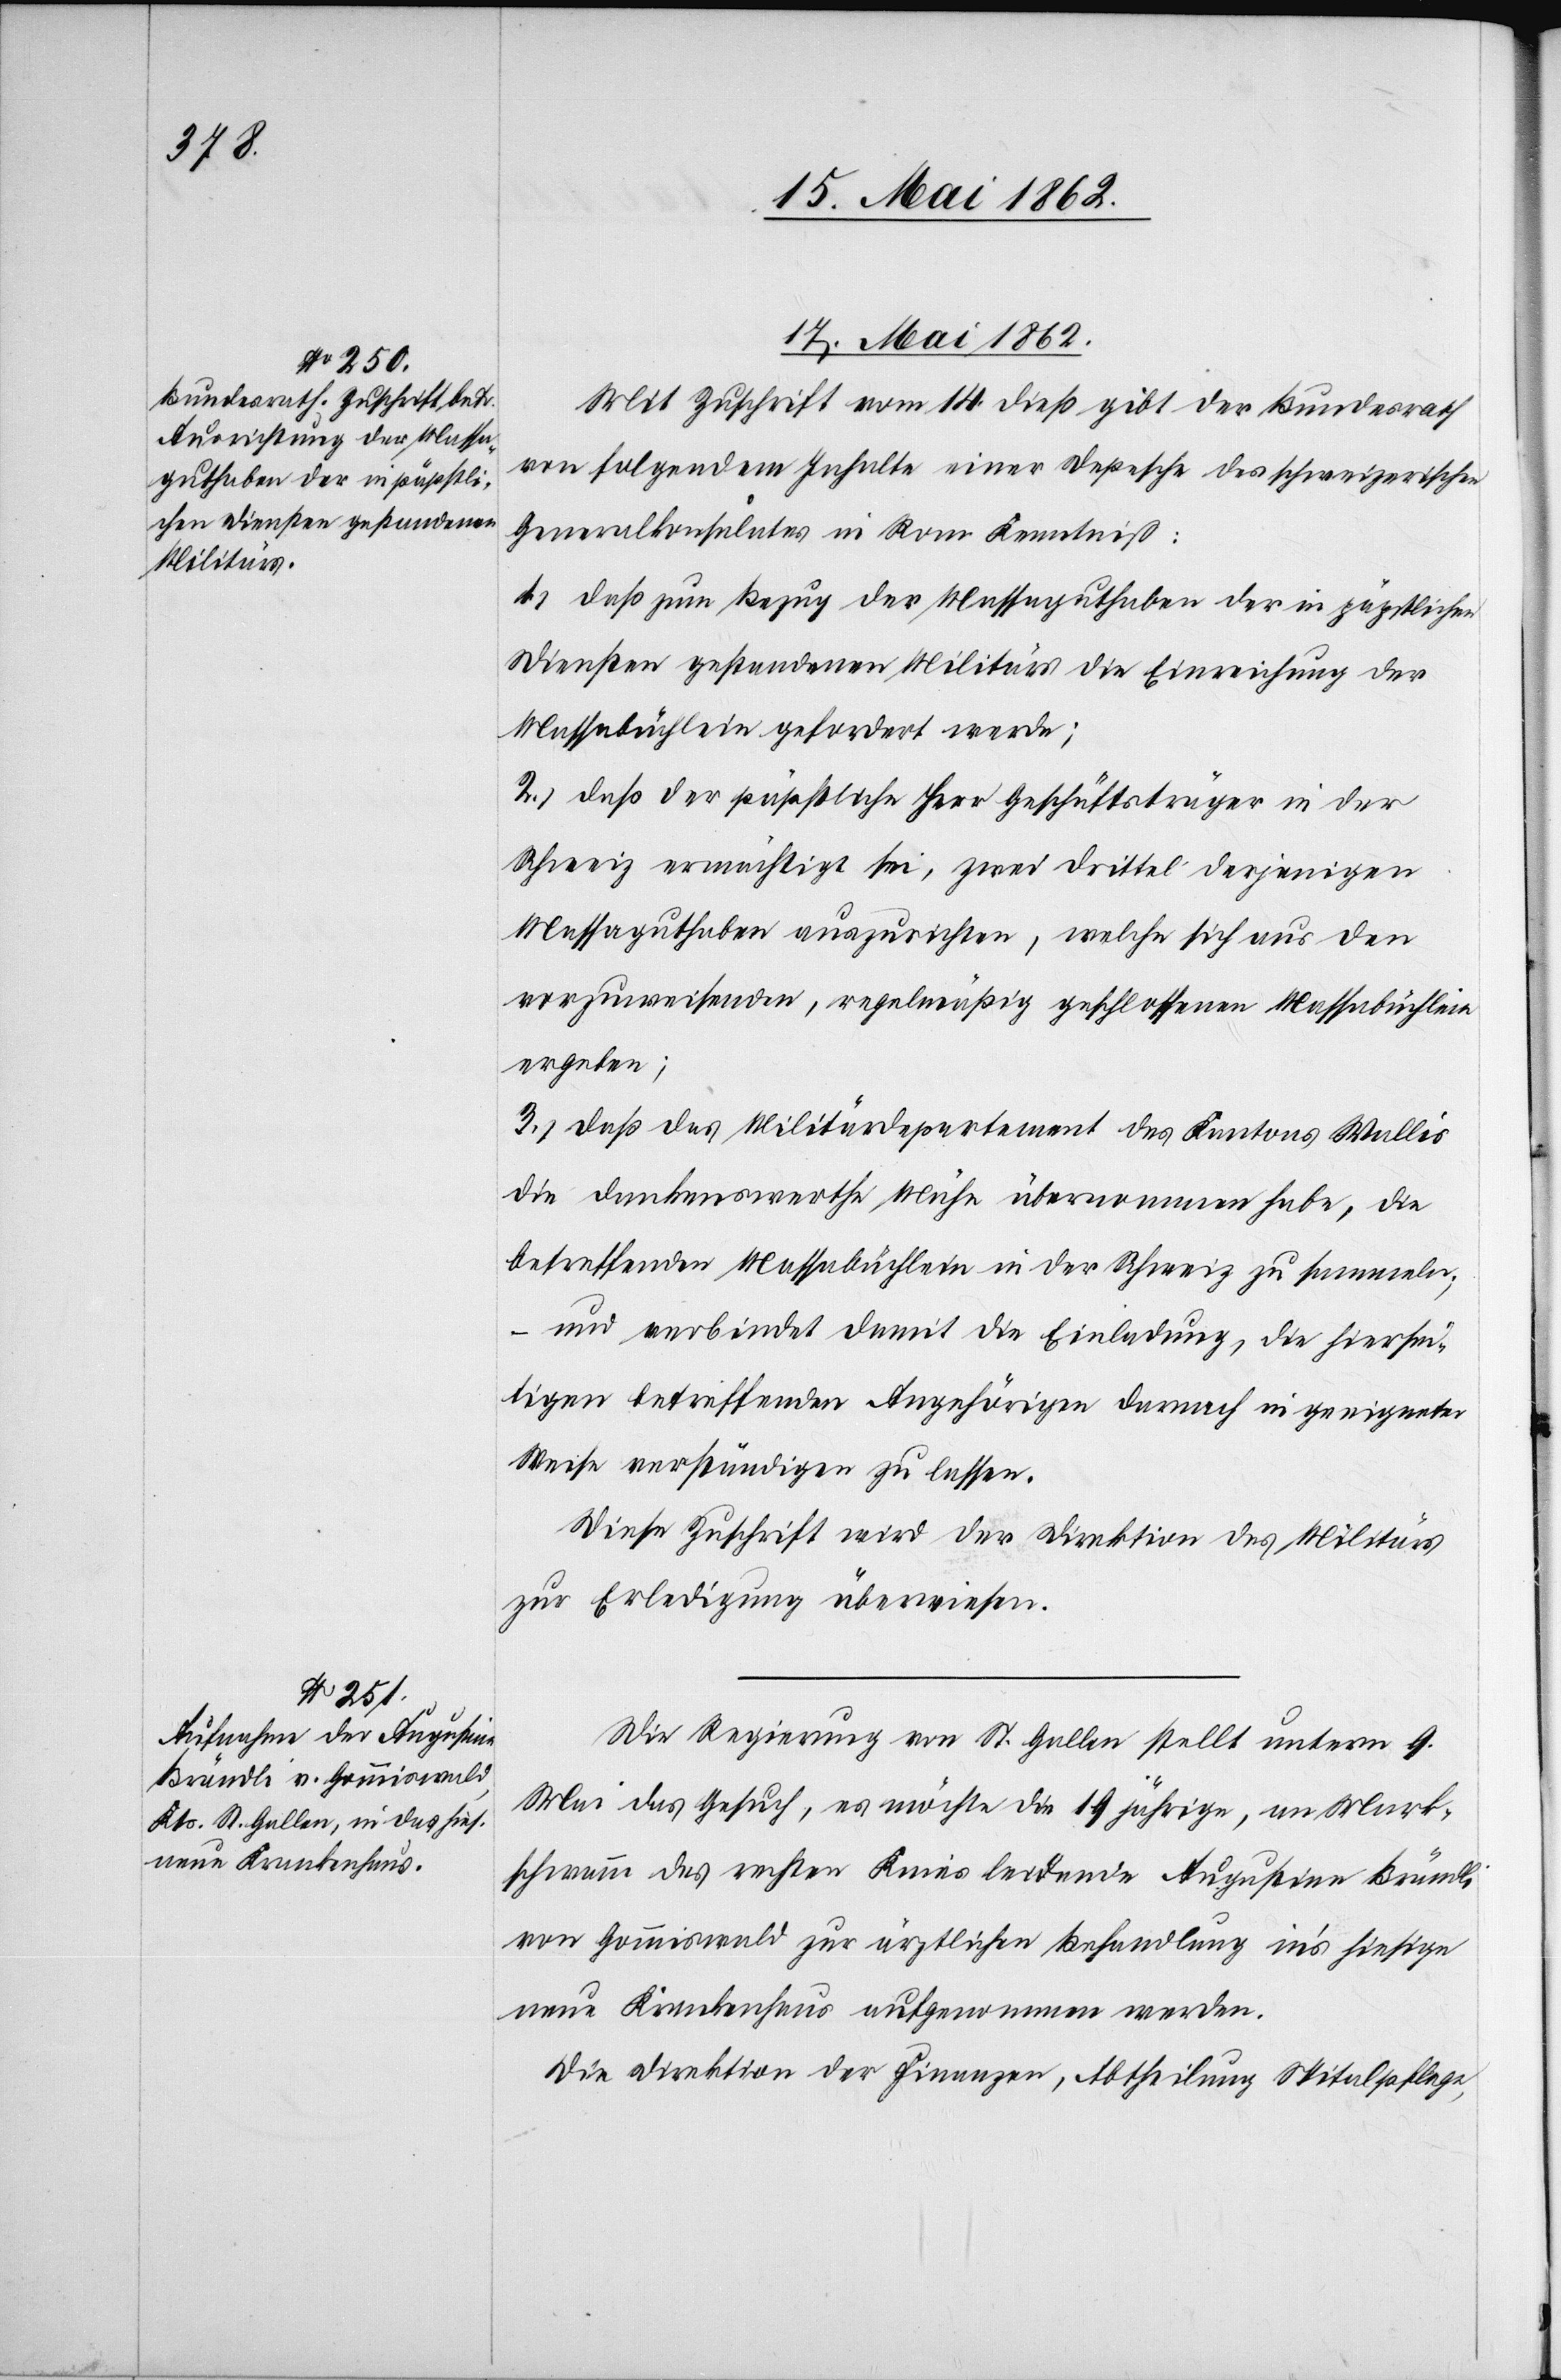
17. Mai 1862.]
Mit Zuschrift vom 14. dieß gibt der Bundesrath
von folgendem Inhalte einer Depesche des schweizerischen
Generalkonsulates in Rom Kenntniß:
1) daß zum Bezug der Massaguthaben der in päpstlichen
Diensten gestandenen Militärs die Einreichung der
Massabüchlein gefordert werde;
2) daß der päpstliche Herr Geschäftsträger in der
Schweiz ermächtigt sei, zwei Drittel derjenigen
Massaguthaben auszurichten, welche sich aus den
vorzuweisenden, regelmäßig geschlossenen Massabüchlein
ergeben;
3) daß das Militärdepartement des Kantons Wallis
die dankenswerthe Mühe übernommen habe, die
betreffenden Massabüchlein in der Schweiz zu sammeln;
–
und verbindet damit die Einladung, die hiersei¬
tigen betreffenden Angehörigen darnach in geeigneter
Weise verständigen zu lassen.
Diese Zuschrift wird der Direktion des Militärs
zur Erledigung überwiesen.
Die Regierung von St. Gallen stellt unterm 9.
Mai das Gesuch, es möchte die 19 jährige, an Mark¬
schwamm des rechten Knies leidende Augustine Brändli
von Gommiswald zur ärztlichen Behandlung in’s hiesige
neue Krankenhaus aufgenommen werden.
Die Direktion der Finanzen, Abtheilung Spitalpflege,